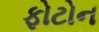
ફોટોન